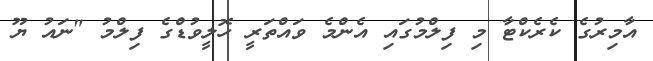
އާމިރުގެ ކެރެކްޓާ މި ފިލްމުގައި އެންމެ ވައްތަރީ ހޮލީވުޑްގެ ފިލްމު "ނައު ޔޫ